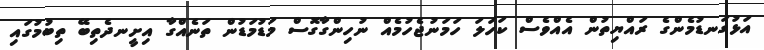
އަޅުގަނޑުމެންގެ ރައްޔިތުން އެއްވެސް ކަހަލަ ހަމަނުޖެހުމެއް ނުހިންގާގޮސް މަޑުމަޑުން ތަނެއްގާ އިށީނދެތިބޭ ތިބުމުގައި